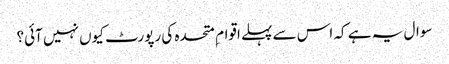
سوال یہ ہے کہ اس سے پہلے اقوام ِ متحدہ کی رپورٹ کیوں نہیں آئی؟